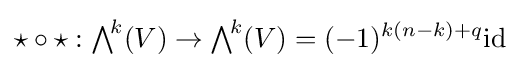
\star \circ \star :{\textstyle \bigwedge }^{\!k}(V)\to {\textstyle \bigwedge }^{\!k}(V)=(-1)^{k(n-k)+q}\mathrm {id}